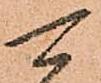
可